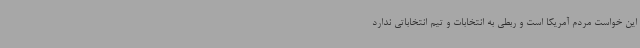
این خواست مردم آمریکا است و ربطی به انتخابات و تیم انتخاباتی ندارد